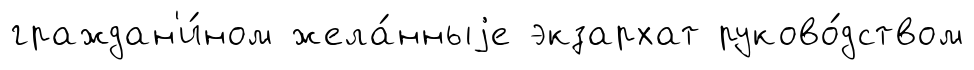
граждан'и́ном жела́нныjе экзархат руково́дством